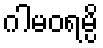
ဂါမဝရမ္ပိ